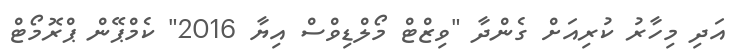
އަދި މިހާރު ކުރިއަށް ގެންދާ "ވިޒްޓް މޯލްޑިވްސް އިޔާ 2016" ކެމްޕޭން ޕްރޮމޯޓް